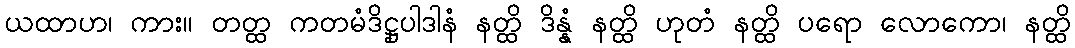
ယထာဟ၊ ကား။ တတ္ထ ကတမံဒိဋ္ဌုပါဒါနံ နတ္ထိ ဒိန္နံ နတ္ထိ ဟုတံ နတ္ထိ ပရော လောကော၊ နတ္ထိ